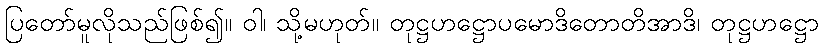
ပြတော်မူလိုသည်ဖြစ်၍။ ဝါ၊ သို့မဟုတ်။ တုဋ္ဌဟဋ္ဌောပမောဒိတောတိအာဒိ၊ တုဋ္ဌဟဋ္ဌော